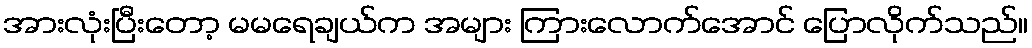
အားလုံးပြီးတော့ မမရေချယ်က အများ ကြားလောက်အောင် ပြောလိုက်သည်။